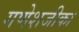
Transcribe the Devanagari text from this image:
गणेशजीका